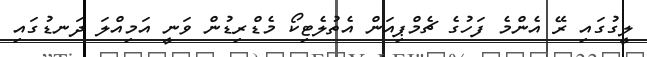
ލީގުގައި ރޭ އެންމެ ފަހުގެ ޗެމްޕިއަން އެތުލެޓިކޯ މެޑްރިޑުން ވަނީ އަމިއްލަ ދަނޑުގައި